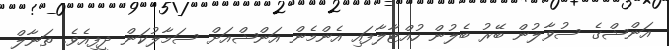
އަންޝްގެ ސުވާލުން ބޭރު ބެލުން ހުއްޓާލާފައި އެންމެން އަންޝްއަށް ސަމާލުކަން ދީފިއެވެ. ތަނާލް